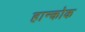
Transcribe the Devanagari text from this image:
हान्कोक